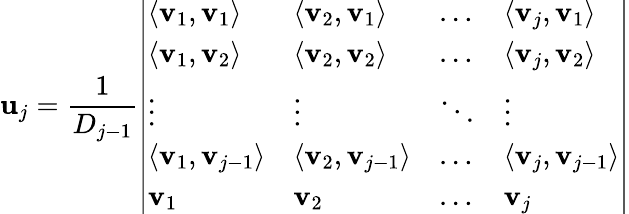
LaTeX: \mathbf{u}_{j}={\frac{1}{D_{j-1}}}{\left|\begin{array}{llll}{\langle\mathbf{v}_{1},\mathbf{v}_{1}\rangle}&{\langle\mathbf{v}_{2},\mathbf{v}_{1}\rangle}&{\dots}&{\langle\mathbf{v}_{j},\mathbf{v}_{1}\rangle}\\ {\langle\mathbf{v}_{1},\mathbf{v}_{2}\rangle}&{\langle\mathbf{v}_{2},\mathbf{v}_{2}\rangle}&{\dots}&{\langle\mathbf{v}_{j},\mathbf{v}_{2}\rangle}\\ {\vdots}&{\vdots}&{\ddots}&{\vdots}\\ {\langle\mathbf{v}_{1},\mathbf{v}_{j-1}\rangle}&{\langle\mathbf{v}_{2},\mathbf{v}_{j-1}\rangle}&{\dots}&{\langle\mathbf{v}_{j},\mathbf{v}_{j-1}\rangle}\\ {\mathbf{v}_{1}}&{\mathbf{v}_{2}}&{\dots}&{\mathbf{v}_{j}}\end{array}\right|}